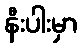
နီးပါးမှာ